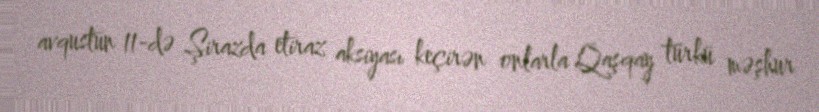
avqustun 11-də Şirazda etiraz aksiyası keçirən onlarla Qaşqay türkü məşhur